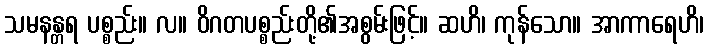
သမနန္တရ ပစ္စည်း။ လ။ ဝိဂတပစ္စည်းတို့၏အစွမ်းဖြင့်။ ဆဟိ၊ ကုန်သော။ အာကာရေဟိ၊